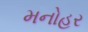
મનોહર